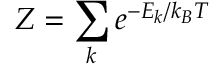
Z = \sum _ { k } e ^ { - E _ { k } / k _ { B } T }